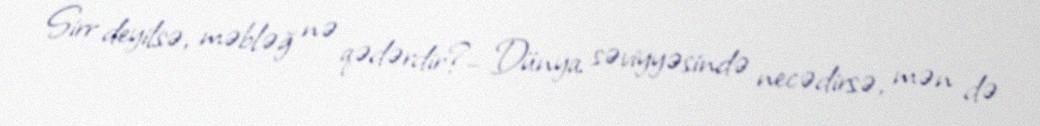
Sirr deyilsə, məbləğ nə qədərdir?– Dünya səviyyəsində necədirsə, mən də